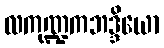
လကုဏ္ဍကဘဒ္ဒိယော